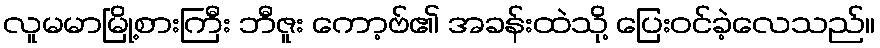
လူမမာမြို့စားကြီး ဘီဇူး ကော့ဗ်၏ အခန်းထဲသို့ ပြေးဝင်ခဲ့လေသည်။